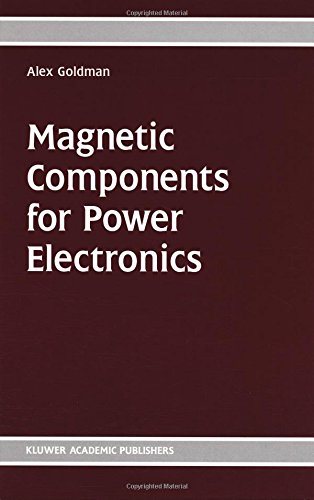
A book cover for Magnetic Components for Power Electronics; Alex Goldman; Science & Math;